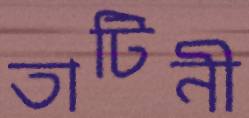
তাটিনী